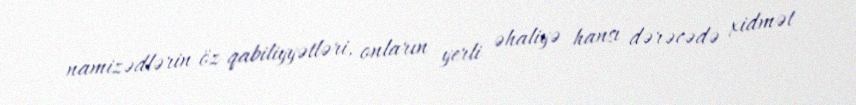
namizədlərin öz qabiliyyətləri, onların yerli əhaliyə hansı dərəcədə xidmət